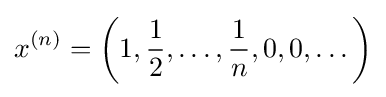
x^{(n)}=\left(1,{\frac {1}{2}},\dots ,{\frac {1}{n}},0,0,\dots \right)